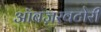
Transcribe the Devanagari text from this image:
ऑबज़रवटोरी